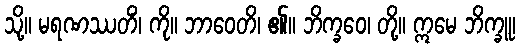
သို့။ မရဏဿတိံ၊ ကို။ ဘာဝေတိ၊ ၏။ ဘိက္ခဝေ၊ တို့။ ဣမေ ဘိက္ခူ၊